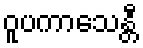
ဝူပကာသေန္တီ